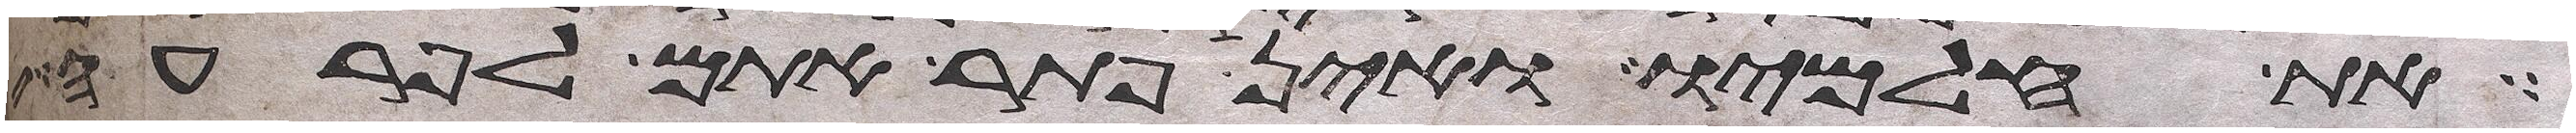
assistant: את חלמיו ואין פתר אתם לפרעה